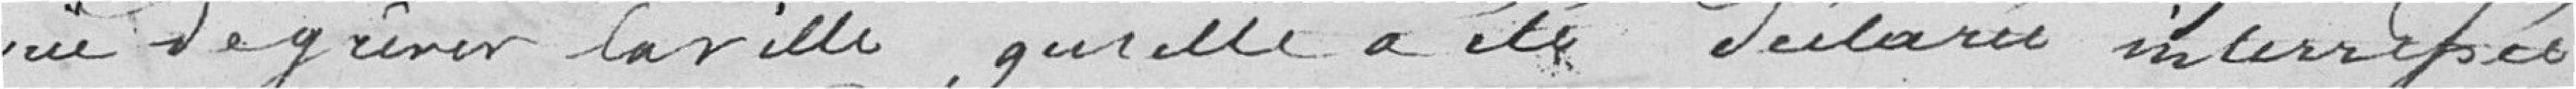
vue de gréver la ville, qu'elle a été déclarée intéressée